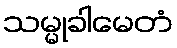
သမ္မုခါမေတံ